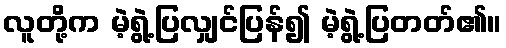
လူတို့က မဲ့ရွဲ့ပြလျှင်ပြန်၍ မဲ့ရွဲ့ပြတတ်၏။